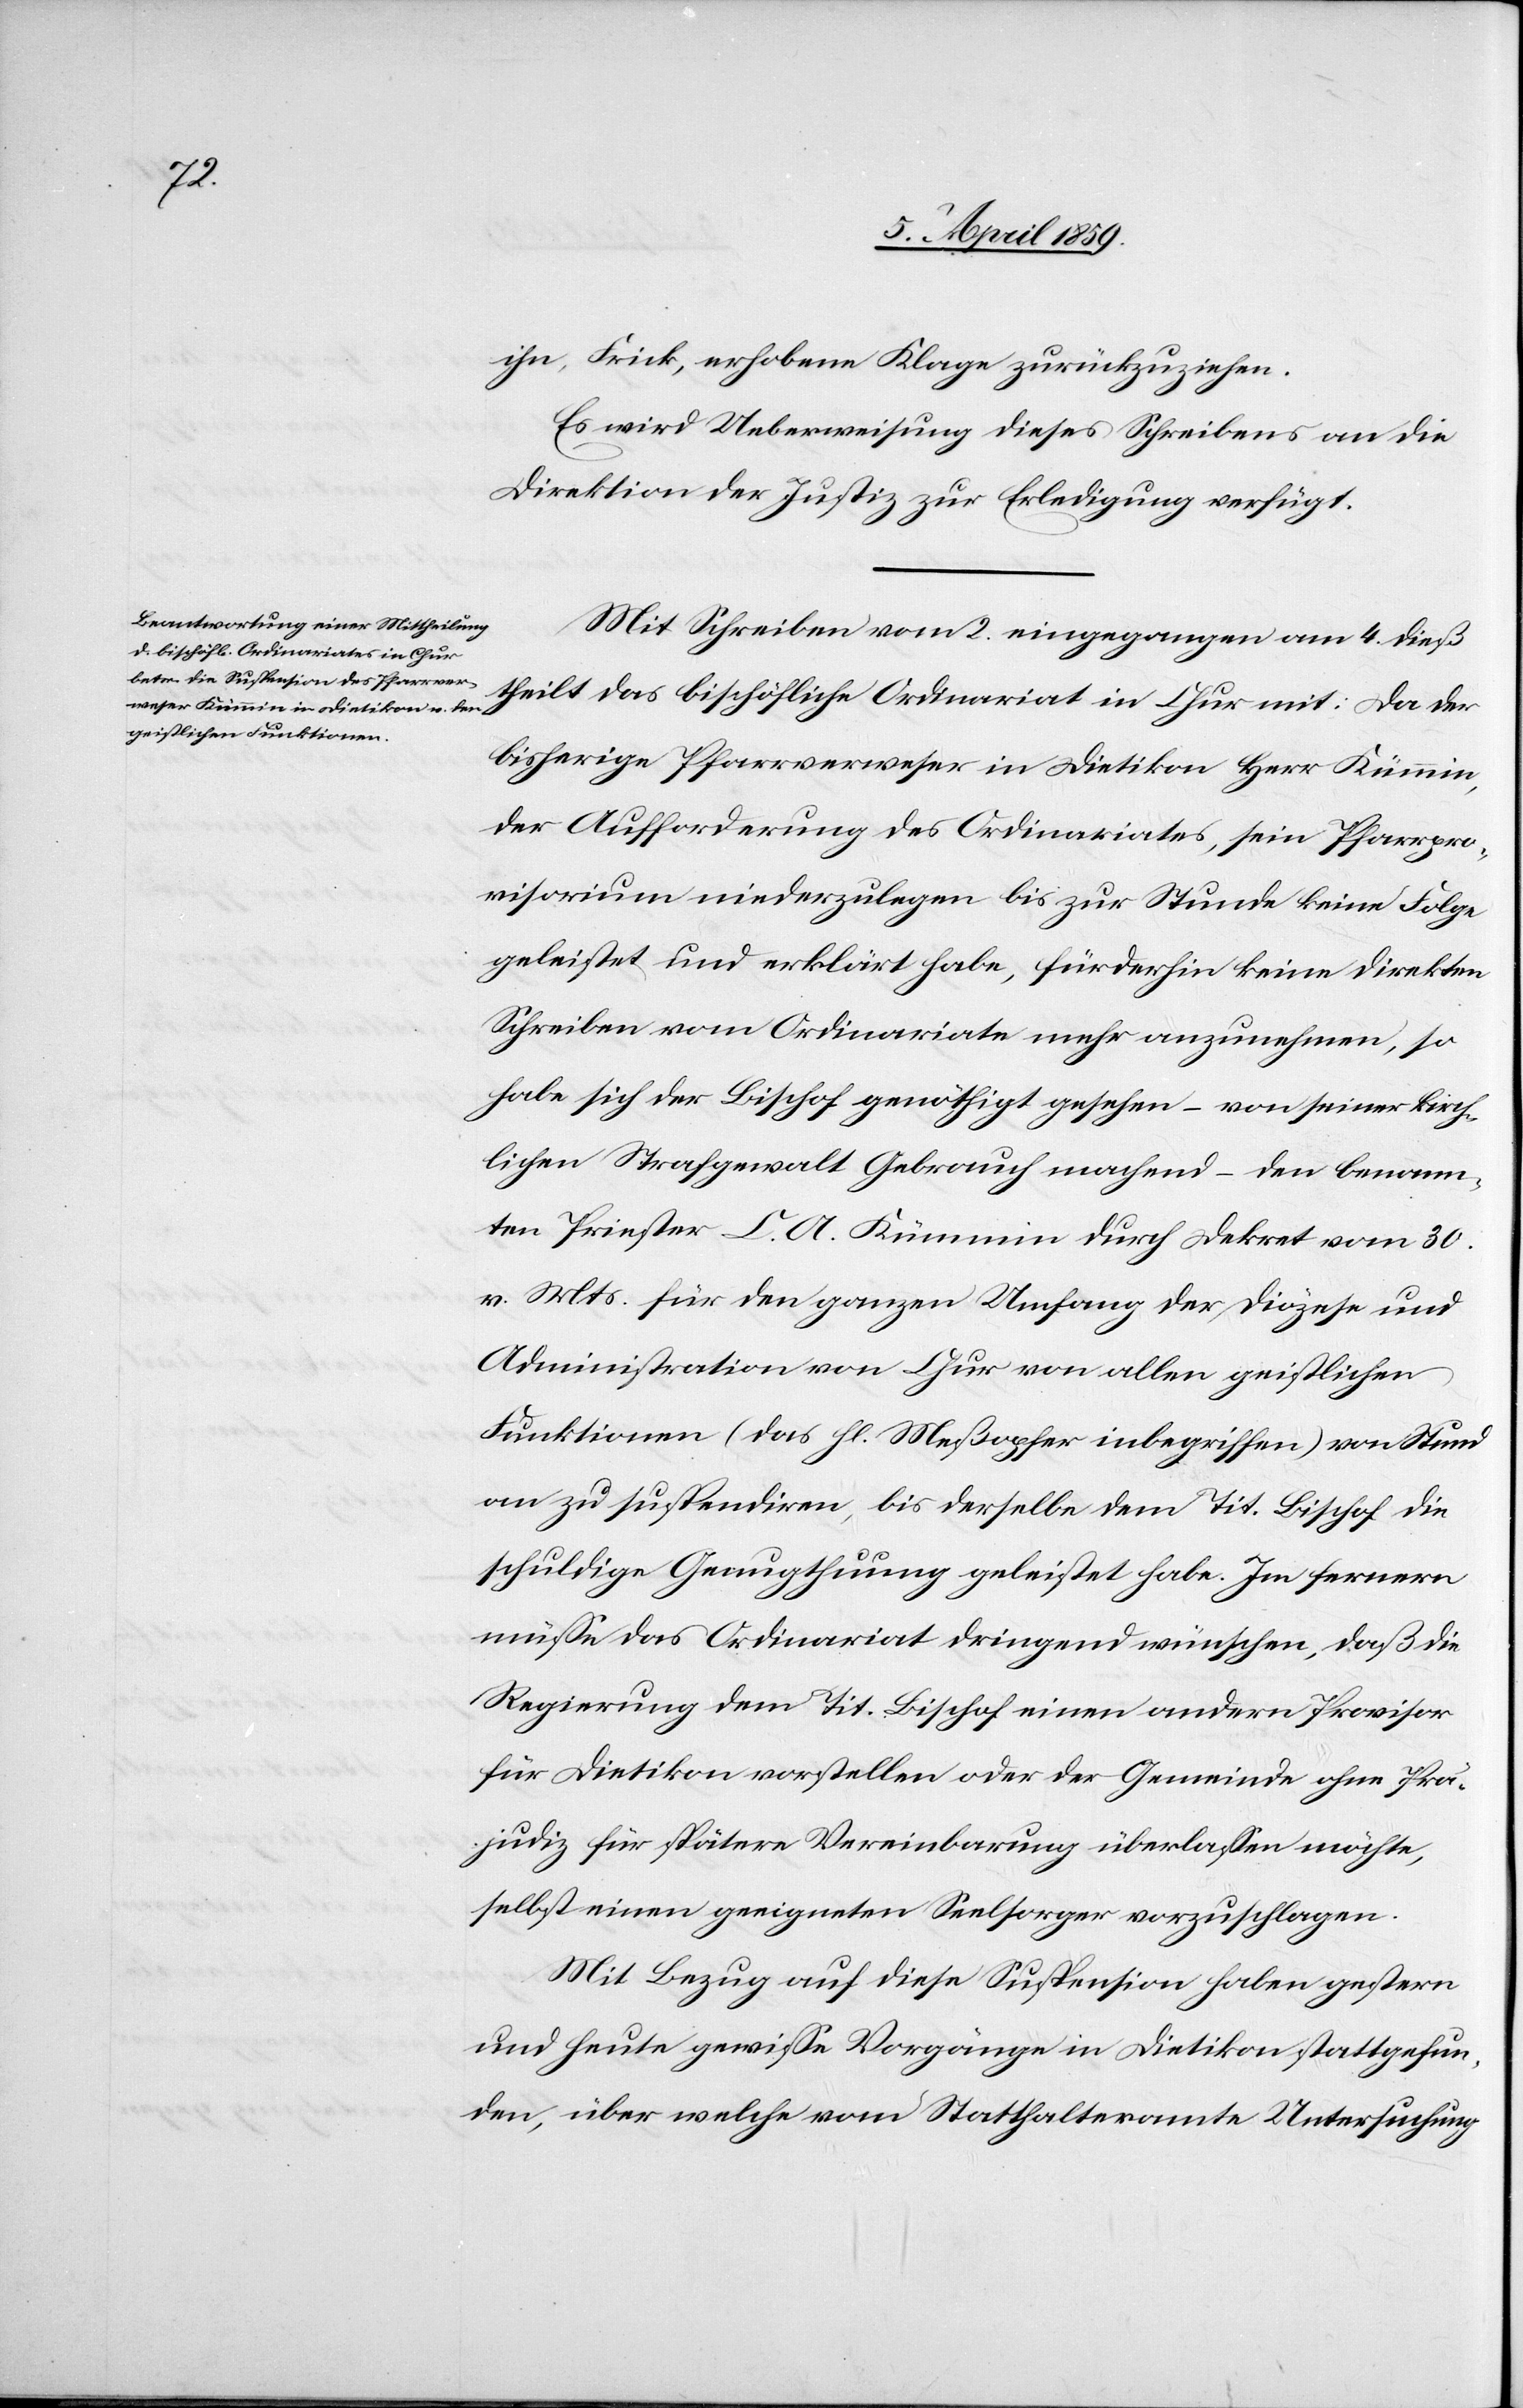
ihn, Frick erhobene Klage zurückzuziehen.
Es wird Ueberweisung dieses Schreibens an die
Direktion der Justiz zur Erledigung verfügt.
Mit Schreiben vom 2. eingegangen am 4. dieß
theilt das bischöfliche Ordinariat in Chur mit: Da der
bisherige Pfarrverweser in Dietikon Herr Kümmin,
der Aufforderung des Ordinariates, sein Pfarrpro¬
visorium niederzulegen bis zur Stunde keine Folge
geleistet und erklärt habe, fürderhin keine direkten
Schreiben vom Ordinariate mehr anzunehmen, so
habe sich der Bischof genöthigt gesehen – von seiner kirch¬
lichen Strafgewalt Gebrauch machend – den benann¬
ten Priester C. A. Kümmin durch Dekret vom 30.
v. Mts. für den ganzen Umfang der Diözese und
Administration von Chur von allen geistlichen
Funktionen (das hl. Meßopfer inbegriffen) von Stund
an zu suspendiren, bis derselbe dem Tit. Bischof die
schuldige Genugthuung geleistet habe. Im fernern
müße das Ordinariat dringend wünschen, daß die
Regierung dem Tit. Bischof einen andern Provisor
für Dietikon vorstellen oder der Gemeinde ohne Prä¬
judiz für spätere Vereinbarung überlaßen möchte,
selbst einen geeigneten Seelsorger vorzuschlagen.
Mit Bezug auf diese Suspension haben gestern
und heute gewiße Vorgänge in Dietikon stattgefun¬
den, über welche vom Statthalteramte Untersuchung